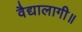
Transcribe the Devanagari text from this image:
वैद्यालागी॥